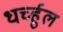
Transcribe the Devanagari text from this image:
धर्च्हुल